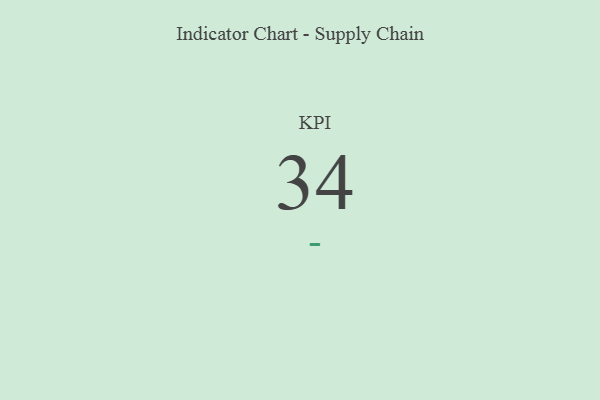
{"axis": {"x": "KPI", "y": "Value"}, "legend": [""], "data": [{"x": "KPI", "y": 34, "type": ""}]}